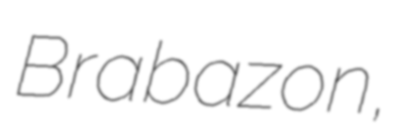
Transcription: Brabazon,